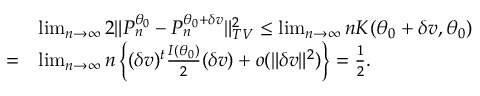
\begin{array} { r l } & { \operatorname* { l i m } _ { n \rightarrow \infty } 2 \Vert P _ { n } ^ { \theta _ { 0 } } - P _ { n } ^ { \theta _ { 0 } + \delta v } \Vert _ { T V } ^ { 2 } \leq \operatorname* { l i m } _ { n \rightarrow \infty } n K ( \theta _ { 0 } + \delta v , \theta _ { 0 } ) } \\ { = } & { \operatorname* { l i m } _ { n \rightarrow \infty } n \left\{ ( \delta v ) ^ { t } \frac { I ( \theta _ { 0 } ) } { 2 } ( \delta v ) + o ( \Vert \delta v \Vert ^ { 2 } ) \right\} = \frac { 1 } { 2 } . } \end{array}